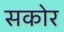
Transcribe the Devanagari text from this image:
सकोर